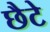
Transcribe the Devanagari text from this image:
छैटे